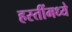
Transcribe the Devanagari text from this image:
हस्तींमध्ये